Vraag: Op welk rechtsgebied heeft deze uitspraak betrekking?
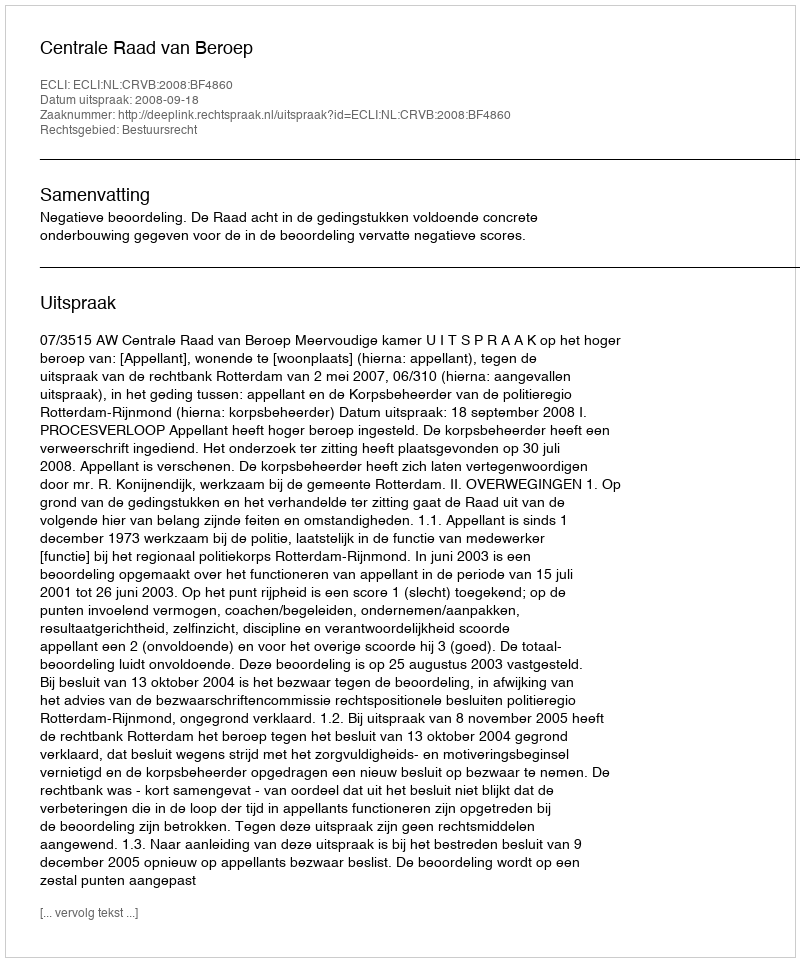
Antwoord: Bestuursrecht